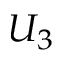
U _ { 3 }